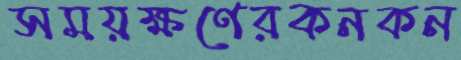
সময়ক্ষণেরকনকন